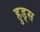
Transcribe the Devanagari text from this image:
हुड्स